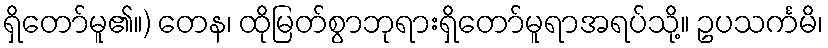
ရှိတော်မူ၏။) တေန၊ ထိုမြတ်စွာဘုရားရှိတော်မူရာအရပ်သို့။ ဥပသင်္ကမိ၊